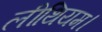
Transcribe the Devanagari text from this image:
लीथियम।